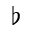
\flat